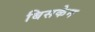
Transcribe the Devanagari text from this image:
बिसकेन